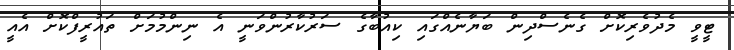
ޓީވީ މެދުވެރިކޮށް ގެނެސްދިން ބަޔާނެއްގައި ކިއުބާގެ ސަރުކާރުންވަނީ އެ ނިންމުމަށް ތައުރީފްކޮށް އެއީ